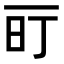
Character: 𬻐